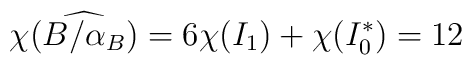
\chi(\widehat{B/\alpha_{B}})=6\chi(I_1)+\chi(I_0^{*})=12